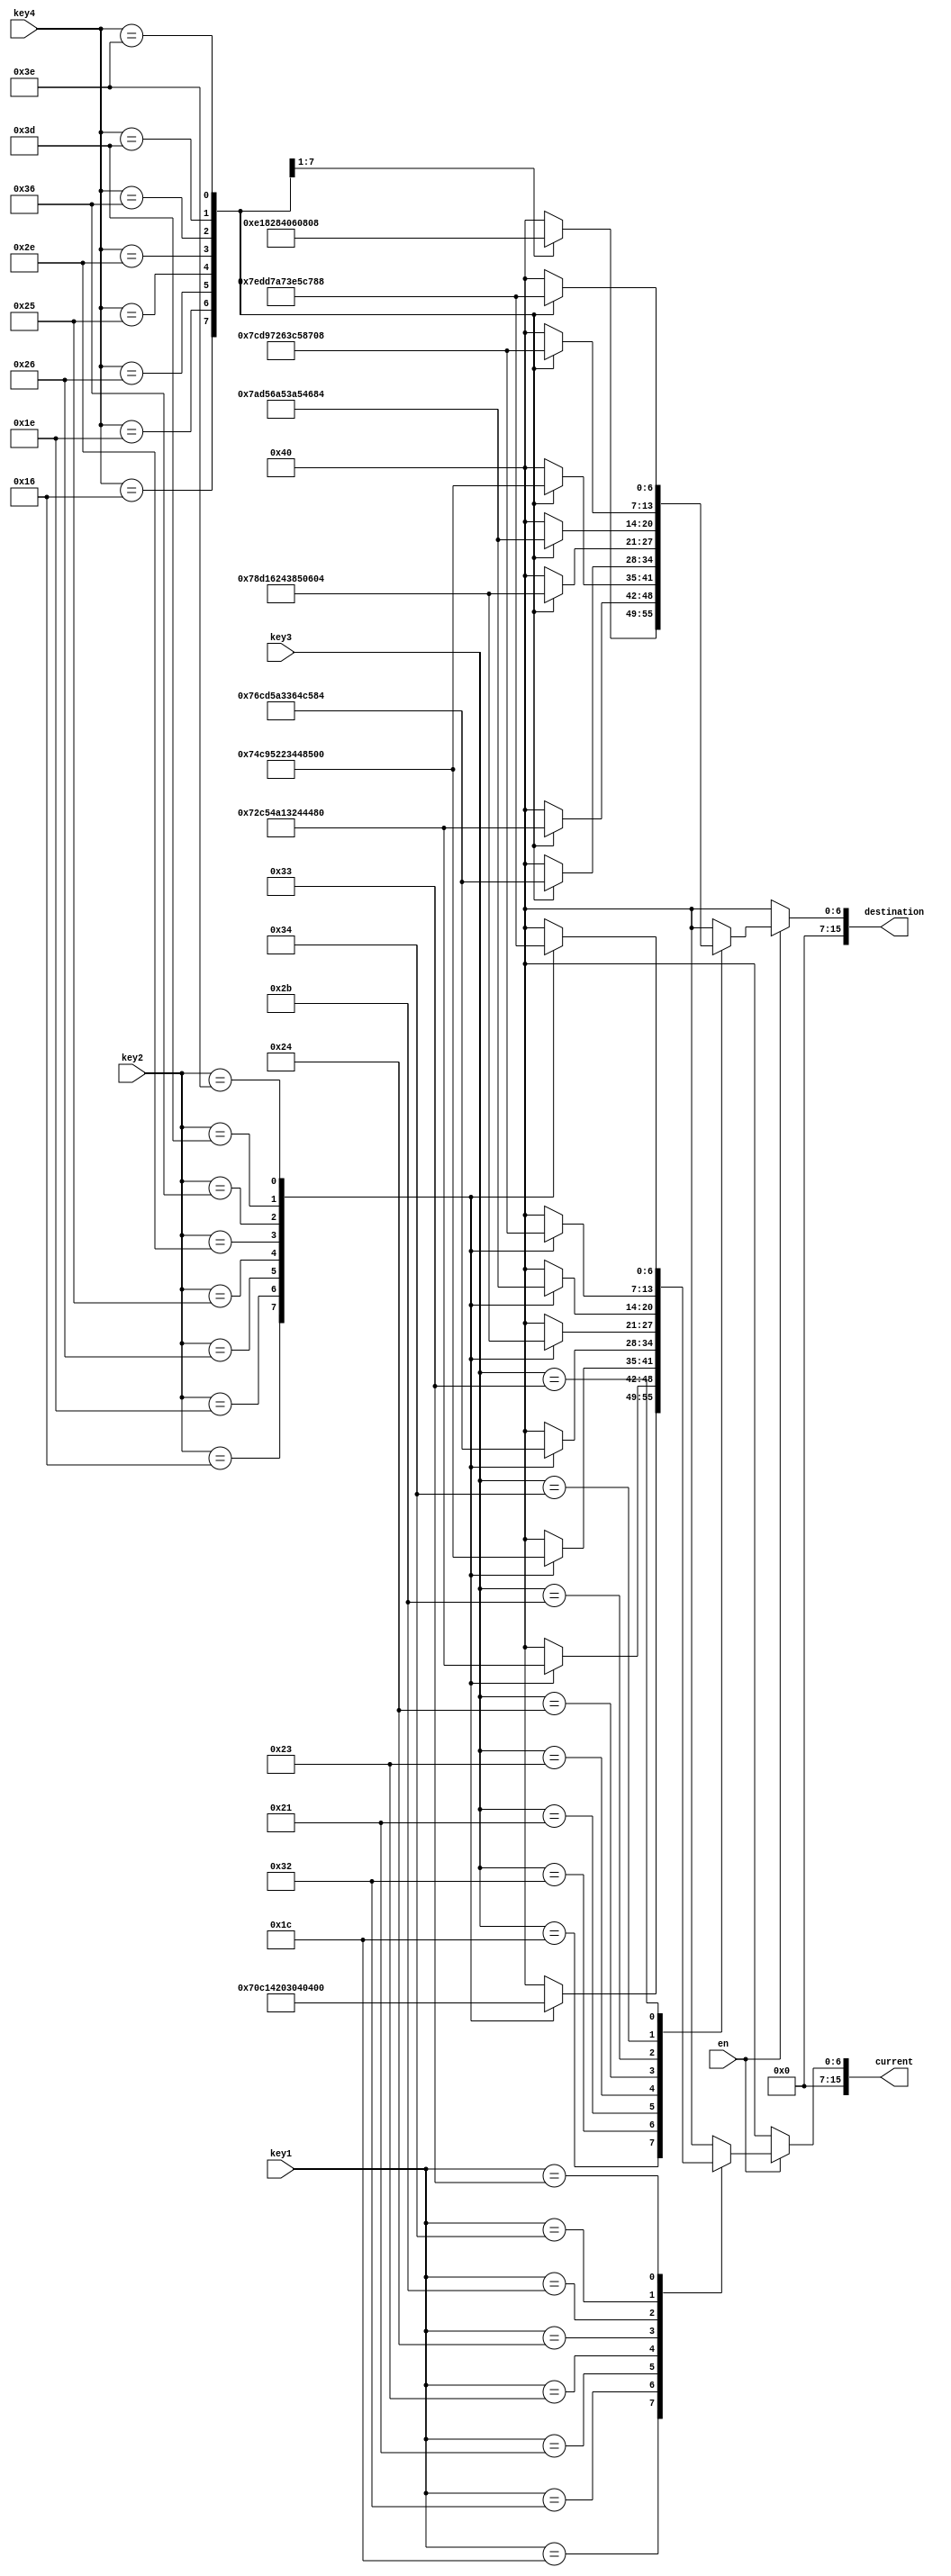
module keyBoardDecoder(en, key1, key2, key3, key4, current, destination);
input [7:0] key1, key2, key3, key4; 
input en; 
output reg [15:0] current, destination;


parameter A = 8'h1C, B = 8'h32, C = 8'h21, D = 8'h23, E = 8'h24, F = 8'h2B, G = 8'h34, H = 8'h33, 
one = 8'h16, two = 8'h1E, three = 8'h26, four = 8'h25, five = 8'h2E, six = 8'h36, seven = 8'h3D, eight = 8'h3E;
always@(*)begin
	if(en)begin 
		case(key1)
			A:begin
				case(key2)
				one: current = 16'd56;
				two: current = 16'd48;
				three:current= 16'd40;
				four: current= 16'd32;
				five: current= 16'd24;
				six: current= 	16'd16;
				seven:current= 16'd8;
				eight:current= 16'd0;
				default: current = 16'd64;
				endcase 
			end 
			B:begin 
				case(key2)
				one: current = 	16'd57;
				two: current = 	16'd49;
				three: current = 	16'd41;
				four: current = 	16'd33;
				five: current = 	16'd25;
				six: current = 	16'd17;
				seven: current = 	16'd9;
				eight: current = 	16'd1;
				default: current = 16'd64;
				endcase 
			
			end
			C: begin 
				case(key2)
				one: current = 	16'd58;
				two: current = 	16'd50;
				three: current =	16'd42;
				four: current = 	16'd34;
				five: current = 	16'd26;
				six: current = 	16'd18;
				seven: current = 	16'd10;
				eight: current = 	16'd2;
				default: current = 16'd64;
				endcase 
			
			end
			D: begin 
				case(key2)
				one: current = 	16'd59;
				two: current = 	16'd51;
				three: current = 	16'd43;
				four: current = 	16'd35;
				five: current = 	16'd27;
				six: current = 	16'd19;
				seven: current = 	16'd11;
				eight: current = 	16'd3;
				default: current = 16'd64;
				endcase 
			
			end
			E: begin 
				case(key2)
				one: current = 	16'd60;
				two: current = 	16'd52;
				three: current = 	16'd44;
				four: current = 	16'd36;
				five: current = 	16'd28;
				six: current = 	16'd20;
				seven: current = 	16'd12;
				eight: current = 	16'd4;
				default: current = 16'd64;
				endcase 
			
			end 
			F: begin 
				case(key2)
				one: current = 	16'd61;
				two: current = 	16'd53;
				three: current = 	16'd45;
				four: current = 	16'd37;
				five: current = 	16'd29;
				six: current = 	16'd21;
				seven: current = 	16'd13;
				eight: current = 	16'd5;
				default: current = 16'd64;
				endcase 
			
			end 
			G: begin 
				case(key2)
				one: current = 	16'd62;
				two: current = 	16'd54;
				three: current = 	16'd46;
				four: current = 	16'd38;
				five: current = 	16'd30;
				six: current = 	16'd22;
				seven: current = 	16'd14;
				eight: current = 	16'd6;
				default: current = 16'd64;
				endcase 
			
			end 
			H:begin 
				case(key2)
				one: current = 	16'd63;
				two: current = 	16'd55;
				three: current = 	16'd47;
				four: current = 	16'd39;
				five: current = 	16'd31;
				six: current = 	16'd23;
				seven: current = 	16'd15;
				eight: current = 	16'd7;
				default: current = 16'd64;
				endcase 
			end 
			default: current = 16'd64; 
			endcase 
	end
	else current = 16'd64;
end 

always@(*)begin
	if(en)begin 
		case(key3)
			A:begin
				case(key4)
				one: destination = 	16'd56;
				two: destination = 	16'd48;
				three: destination = 16'd40;
				four: destination = 	16'd32;
				five: destination = 	16'd24;
				six: destination = 	16'd16;
				seven: destination = 16'd8;
				eight: destination = 16'd64;
				default: destination = 16'd64;
				endcase 
			end 
			B:begin 
				case(key4)
				one: destination = 	16'd57;
				two: destination = 	16'd49;
				three: destination = 16'd41;
				four: destination = 	16'd33;
				five: destination = 	16'd25;
				six: destination = 	16'd17;
				seven: destination = 16'd9;
				eight: destination = 16'd1;
				default: destination = 16'd64;
				endcase 
			
			end
			C: begin 
				case(key4)
				one: destination = 	16'd58;
				two: destination = 	16'd50;
				three: destination = 16'd42;
				four: destination = 	16'd34;
				five: destination = 	16'd26;
				six: destination = 	16'd18;
				seven: destination = 16'd10;
				eight: destination = 16'd2;
				default: destination = 16'd64;
				endcase 
			
			end
			D: begin 
				case(key4)
				one: destination = 	16'd59;
				two: destination = 	16'd51;
				three: destination = 16'd43;
				four: destination = 	16'd35;
				five: destination = 	16'd27;
				six: destination = 	16'd19;
				seven: destination = 16'd11;
				eight: destination = 16'd3;
				default: destination = 16'd64;
				endcase 
			
			end
			E: begin 
				case(key4)
				one: destination = 	16'd60;
				two: destination = 	16'd52;
				three: destination = 16'd44;
				four: destination = 	16'd36;
				five: destination = 	16'd28;
				six: destination = 	16'd20;
				seven: destination = 16'd12;
				eight: destination = 16'd4;
				default: destination = 16'd64;
				endcase 
			
			end 
			F: begin 
				case(key4)
				one: destination = 	16'd61;
				two: destination = 	16'd53;
				three: destination = 16'd45;
				four: destination = 	16'd37;
				five: destination = 	16'd29;
				six: destination = 	16'd21;
				seven: destination = 16'd13;
				eight: destination = 16'd5;
				default: destination = 16'd64;
				endcase 
			
			end 
			G: begin 
				case(key4)
				one: destination = 	16'd62;
				two: destination = 	16'd54;
				three: destination = 16'd46;
				four: destination = 	16'd38;
				five: destination = 	16'd30;
				six: destination = 	16'd22;
				seven: destination = 16'd14;
				eight: destination = 16'd6;
				default: destination = 16'd64;
				endcase 
			
			end 
			H:begin 
				case(key4)
				one: destination = 	16'd63;
				two: destination = 	16'd55;
				three: destination = 16'd47;
				four: destination = 	16'd39;
				five: destination = 	16'd31;
				six: destination = 	16'd23;
				seven: destination = 16'd15;
				eight: destination = 16'd7;
				default: destination = 16'd64;
				endcase 
			end 
			default: destination = 16'd64; 
			endcase 
	end
	else destination = 16'd64;
end 

endmodule